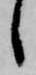
し